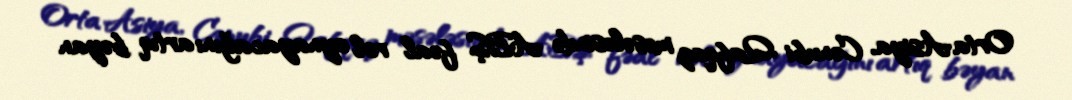
Orta Asiya, Cənubi Qafqaz məsələsində ABŞ fəal rol oynayacağını artıq bəyan